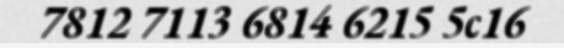
7812 7113 6814 6215 5c16